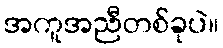
အကူအညီတစ်ခုပဲ။